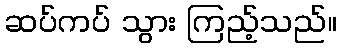
ဆပ်ကပ် သွား ကြည့်သည်။